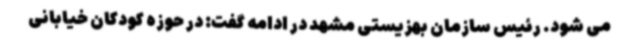
می شود. رئیس سازمان بهزیستی مشهد در ادامه گفت: در حوزه کودکان خیابانی